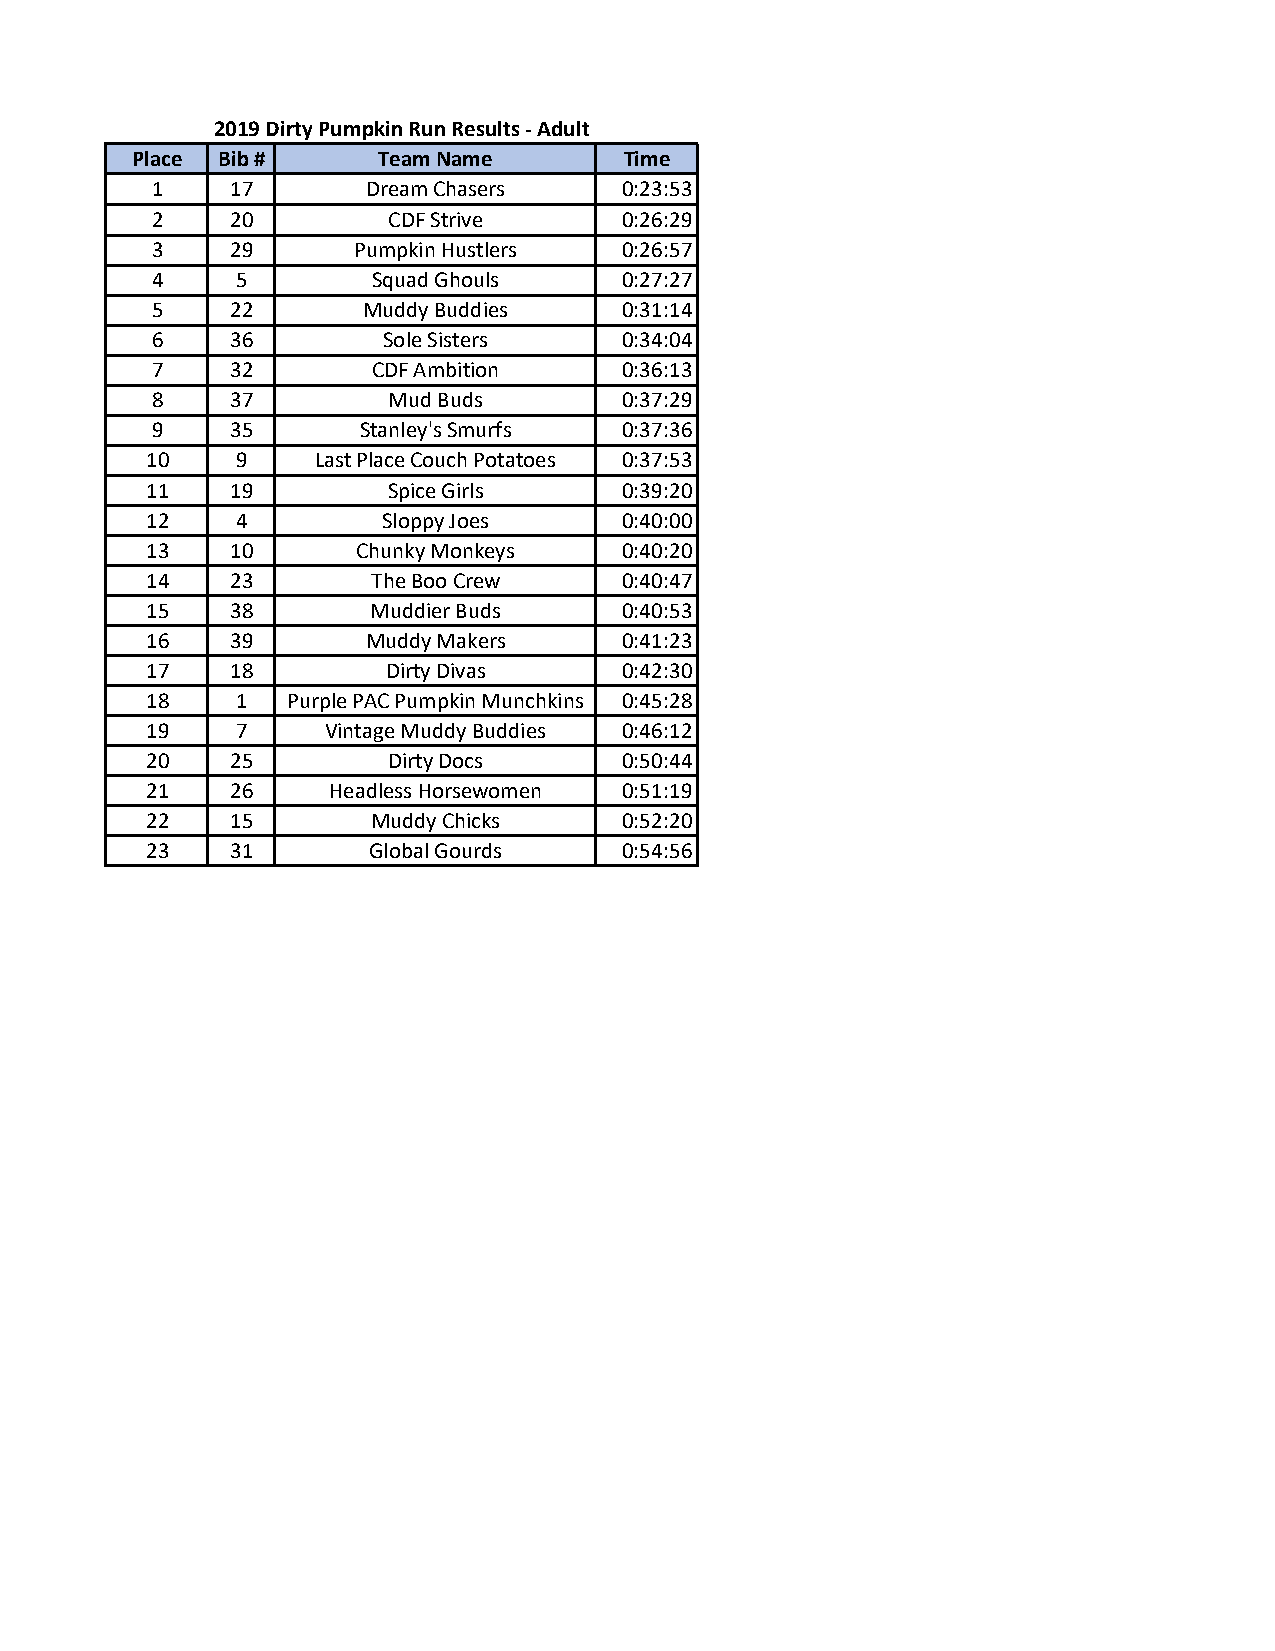
2019 Dirty Pumpkin Run Results - Adult
 Place Bib #     Team Name       Time
 1    17       Dream Chasers    0:23:53
 2    20         CDF Strive     0:26:29
 3    29      Pumpkin Hustlers  0:26:57
 4     5        Squad Ghouls    0:27:27
 5    22       Muddy Buddies    0:31:14
 6    36        Sole Sisters    0:34:04
 7    32        CDF Ambition    0:36:13
 8    37         Mud Buds       0:37:29
 9    35       Stanley's Smurfs 0:37:36
 10    9    Last Place Couch Potatoes 0:37:53
 11   19         Spice Girls    0:39:20
 12    4        Sloppy Joes     0:40:00
 13   10       Chunky Monkeys   0:40:20
 14   23        The Boo Crew    0:40:47
 15   38        Muddier Buds    0:40:53
 16   39       Muddy Makers     0:41:23
 17   18         Dirty Divas    0:42:30
 18    1  Purple PAC Pumpkin Munchkins 0:45:28
 19    7    Vintage Muddy Buddies 0:46:12
 20   25         Dirty Docs     0:50:44
 21   26     Headless Horsewomen 0:51:19
 22   15        Muddy Chicks    0:52:20
 23   31       Global Gourds    0:54:56